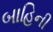
બાહિની